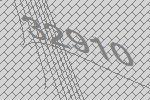
32910